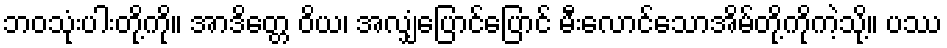
ဘဝသုံးပါးတို့ကို။ အာဒိတ္တေ ဝိယ၊ အလျှံပြောင်ပြောင် မီးလောင်သောအိမ်တို့ကိုကဲ့သို့။ ပဿ